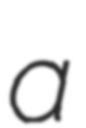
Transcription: a